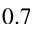
0 . 7